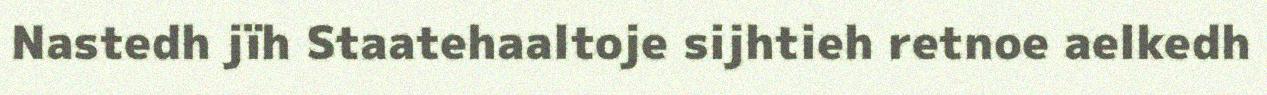
Nastedh jïh Staatehaaltoje sijhtieh retnoe aelkedh